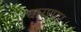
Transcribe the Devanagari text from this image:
धारणाए